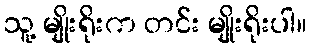
သူ့ မျိုးရိုးက တင်း မျိုးရိုးပါ။